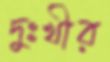
দুঃখীর